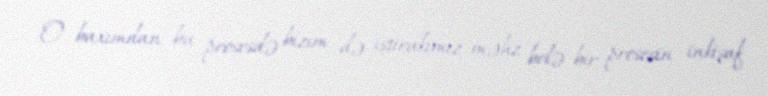
O baxımdan bu prosesdə bizim də iştirakımız məhz belə bir prosesin inkişaf